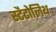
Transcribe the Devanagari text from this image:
स्टैटोलिथ